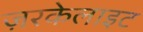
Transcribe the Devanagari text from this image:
ज़रकेलाइट